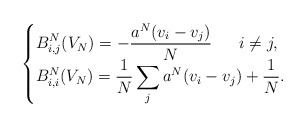
\begin{align*}\begin{cases}\displaystyle B_{i,j} ^N (V_N)=-\frac{a^N(v_i-v_j)}{N} \ \ \ \ \ i\neq j,\\\displaystyle B_{i,i} ^N (V_N)=\frac{1}{N}\sum_j a^N(v_i-v_j)+\frac{1}{N}.\end{cases}\end{align*}